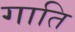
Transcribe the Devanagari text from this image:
गाति